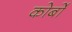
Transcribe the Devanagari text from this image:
कोर्बो